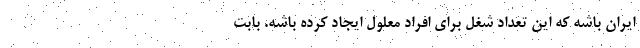
ایران باشه که این تعداد شغل برای افراد معلول ایجاد کرده باشه. بابت